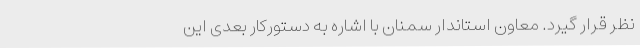
نظر قرار گیرد. معاون استاندار سمنان با اشاره به دستورکار بعدی این